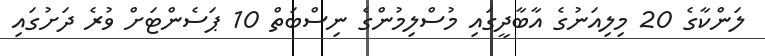
ލަންކާގެ 20 މިލިއަނުގެ އާބާދީގައި މުސްލިމުންގެ ނިސްބަތް 10 ޕަސެންޓަށް ވުރެ ދަށުގައި